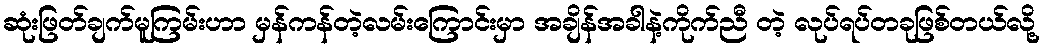
ဆုံးဖြတ်ချက်မူကြမ်းဟာ မှန်ကန်တဲ့လမ်းကြောင်းမှာ အချိန်အခါနဲ့ကိုက်ညီ တဲ့ လုပ်ရပ်တခုဖြစ်တယ်လို့